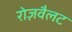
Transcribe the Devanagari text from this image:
रोज़वैलट